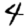
Digit: 4